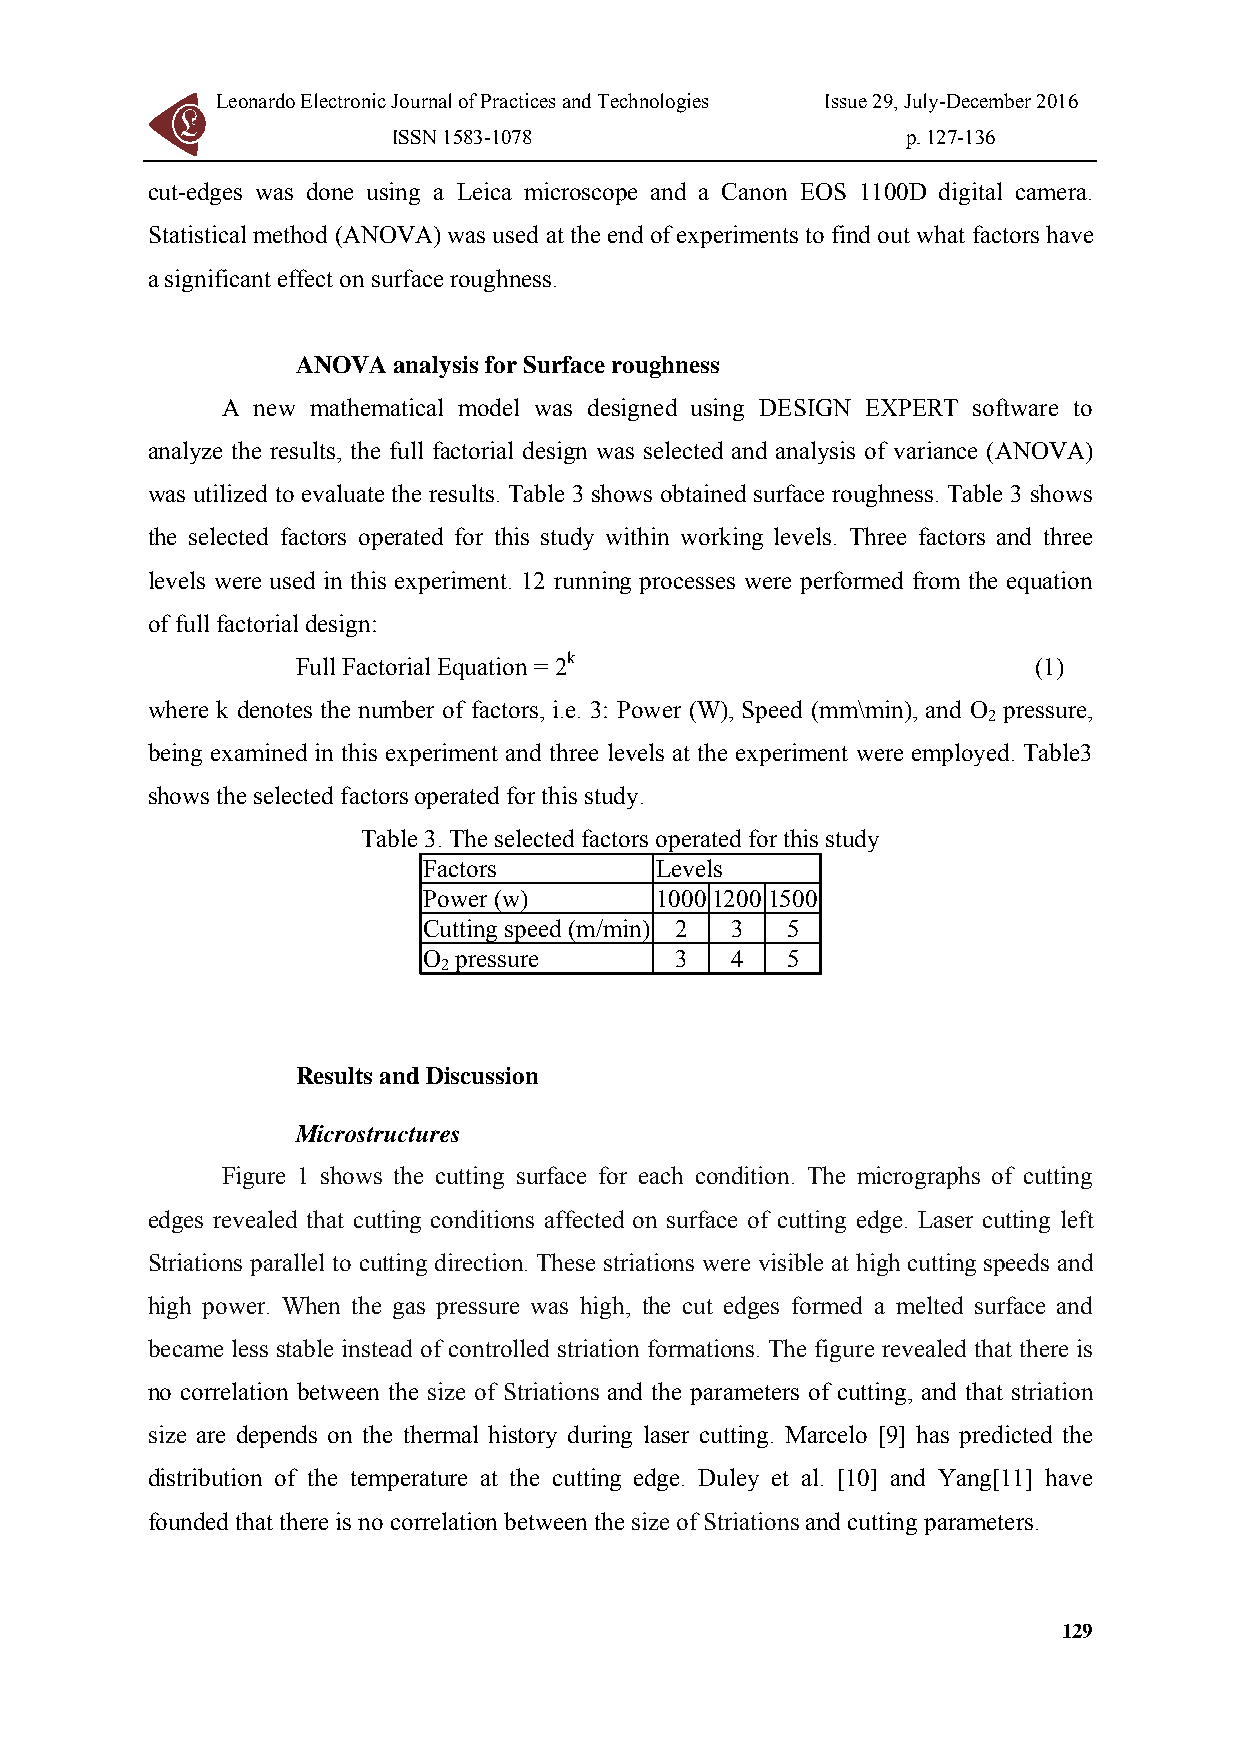
Leonardo Electronic Journal of Practices and Technologies Issue 29, July-December 2016
 ISSN 1583-1078                    p. 127-136
 cut-edges was done using a Leica microscope and a Canon EOS 1100D digital camera.
 Statistical method (ANOVA) was used at the end of experiments to find out what factors have
 a significant effect on surface roughness.
 ANOVA analysis for Surface roughness
 A new mathematical model was designed using DESIGN EXPERT software to
 analyze the results, the full factorial design was selected and analysis of variance (ANOVA)
 was utilized to evaluate the results. Table 3 shows obtained surface roughness. Table 3 shows
 the selected factors operated for this study within working levels. Three factors and three
 levels were used in this experiment. 12 running processes were performed from the equation
 of full factorial design:
 Full Factorial Equation = 2k                    (1)
 where k denotes the number of factors, i.e. 3: Power (W), Speed (mm\min), and O pressure,
 2
 being examined in this experiment and three levels at the experiment were employed. Table3
 shows the selected factors operated for this study.
 Table 3. The selected factors operated for this study
 Factors        Levels
 Power (w)      100012001500
 Cutting speed (m/min) 2 3 5
 O pressure       3  4   5
 2
 Results and Discussion
 Microstructures
 Figure 1 shows the cutting surface for each condition. The micrographs of cutting
 edges revealed that cutting conditions affected on surface of cutting edge. Laser cutting left
 Striations parallel to cutting direction. These striations were visible at high cutting speeds and
 high power. When the gas pressure was high, the cut edges formed a melted surface and
 became less stable instead of controlled striation formations. The figure revealed that there is
 no correlation between the size of Striations and the parameters of cutting, and that striation
 size are depends on the thermal history during laser cutting. Marcelo [9] has predicted the
 distribution of the temperature at the cutting edge. Duley et al. [10] and Yang[11] have
 founded that there is no correlation between the size of Striations and cutting parameters.
 129